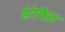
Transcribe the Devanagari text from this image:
डेरेबैल